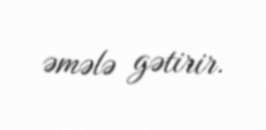
əmələ gətirir.